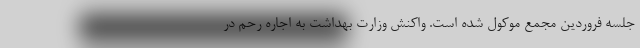
جلسه فروردین مجمع موکول شده است. واکنش وزارت بهداشت به اجاره رحم در